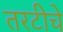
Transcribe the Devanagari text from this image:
तरटीचे